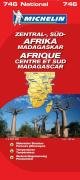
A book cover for Afrika Zentral und SÃ¼d 1 : 4 000 000. Madagaskar; Edlef Bucka-Lassen; Travel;